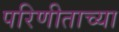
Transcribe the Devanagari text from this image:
परिणीताच्या